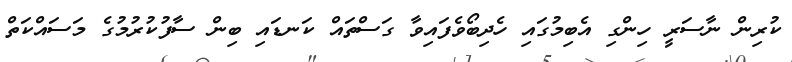
ކުރިން ނާސަރީ ހިންގި އެބިމުގައި ހެދިބޯވެފައިވާ ގަސްތައް ކަނޑައި ބިން ސާފުކުރުމުގެ މަސައްކަތް